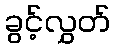
ခွင့်လွှတ်